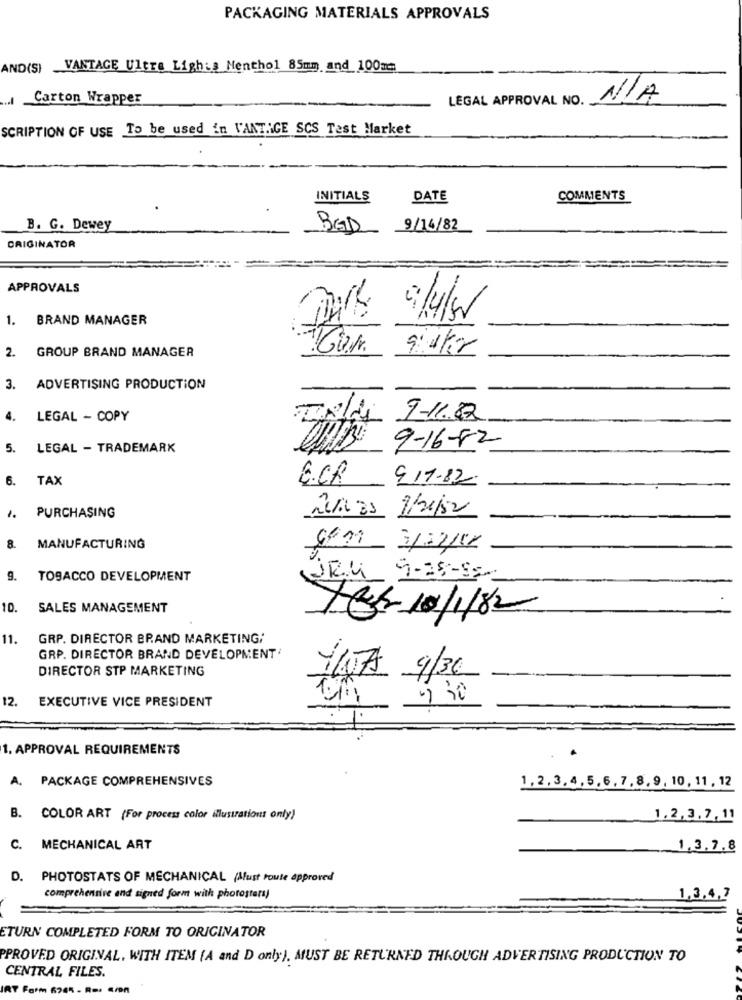
PACKAGING MATERIALS APPROVALS
AND(S) VANTAGE Ultra Lights Menthol 85mm and 100mm
... l
Carton Wrapper
LEGAL APPROVAL NO.
SCRIPTION OF USE To be used in VANT.IGE SCS Test Market
INITIALS
DATE
COMMENTS
B. G. Dewey
BED
9/14/82
ORIGINATOR
APPROVALS
1. BRAND MANAGER
9/4/50
2. GROUP BRAND MANAGER
9/4/2
3. ADVERTISING PRODUCTION
4.
LEGAL - COPY
9-11.82
5.
LEGAL - TRADEMARK
9-16-82
6.
TAX
E.CR
9-17-82
PURCHASING
1/4/50
1.
. MANUFACTURING
9. TOSACCO DEVELOPMENT
URU 9-28-85-
10.
SALES MANAGEMENT
Tes 10/1/82
11.
GRP. DIRECTOR BRAND MARKETING;
GRP. DIRECTOR BRAND DEVELOPMENT
DIRECTOR STP MARKETING
107 9/36
12.
EXECUTIVE VICE PRESIDENT
1. APPROVAL REQUIREMENTS
A. PACKAGE COMPREHENSIVES
1,2,3,4,5,6, 7,8,9, 10, 11, 12
B. COLOR ART (For process color illustrations only)
1,2,3,7,11
C. MECHANICAL ART
1,3.7.8
D. PHOTOSTATS OF MECHANICAL (Must toute approved
comprehensive and signed form with photosters
1,3,4,2
ETURN COMPLETED FORM TO ORIGINATOR
PPROVED ORIGINAL. WITH ITEM (A and D only), MUST BE RETURNED THROUGH ADVERTISING PRODUCTION TO
CENTRAL FILES.
IRT Farm 6245 - Ros Cron